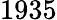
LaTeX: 1935